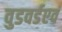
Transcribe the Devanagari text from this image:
वुडवर्डएवं